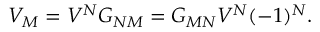
V _ { M } = V ^ { N } G _ { N M } = G _ { M N } V ^ { N } ( - 1 ) ^ { N } .